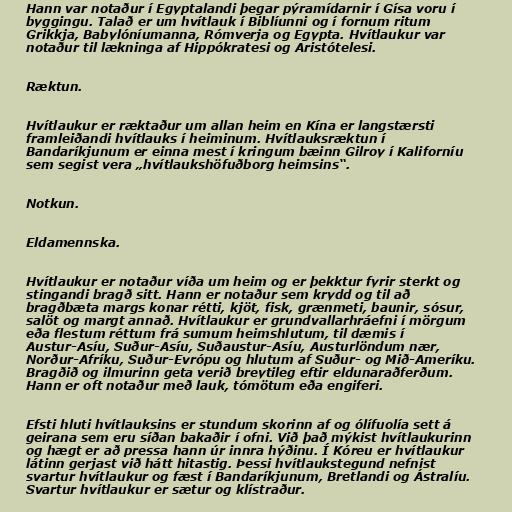
Hann var notaður í Egyptalandi þegar pýramídarnir í Gísa voru í
byggingu. Talað er um hvítlauk í Biblíunni og í fornum ritum
Grikkja, Babylóníumanna, Rómverja og Egypta. Hvítlaukur var
notaður til lækninga af Hippókratesi og Aristótelesi.

Ræktun.

Hvítlaukur er ræktaður um allan heim en Kína er langstærsti
framleiðandi hvítlauks í heiminum. Hvítlauksræktun í
Bandaríkjunum er einna mest í kringum bæinn Gilroy í Kaliforníu
sem segist vera „hvítlaukshöfuðborg heimsins“.

Notkun.

Eldamennska.

Hvítlaukur er notaður víða um heim og er þekktur fyrir sterkt og
stingandi bragð sitt. Hann er notaður sem krydd og til að
bragðbæta margs konar rétti, kjöt, fisk, grænmeti, baunir, sósur,
salöt og margt annað. Hvítlaukur er grundvallarhráefni í mörgum
eða flestum réttum frá sumum heimshlutum, til dæmis í
Austur-Asíu, Suður-Asíu, Suðaustur-Asíu, Austurlöndum nær,
Norður-Afríku, Suður-Evrópu og hlutum af Suður- og Mið-Ameríku.
Bragðið og ilmurinn geta verið breytileg eftir eldunaraðferðum.
Hann er oft notaður með lauk, tómötum eða engiferi.

Efsti hluti hvítlauksins er stundum skorinn af og ólífuolía sett á
geirana sem eru síðan bakaðir í ofni. Við það mýkist hvítlaukurinn
og hægt er að pressa hann úr innra hýðinu. Í Kóreu er hvítlaukur
látinn gerjast við hátt hitastig. Þessi hvítlaukstegund nefnist
svartur hvítlaukur og fæst í Bandaríkjunum, Bretlandi og Ástralíu.
Svartur hvítlaukur er sætur og klístraður.